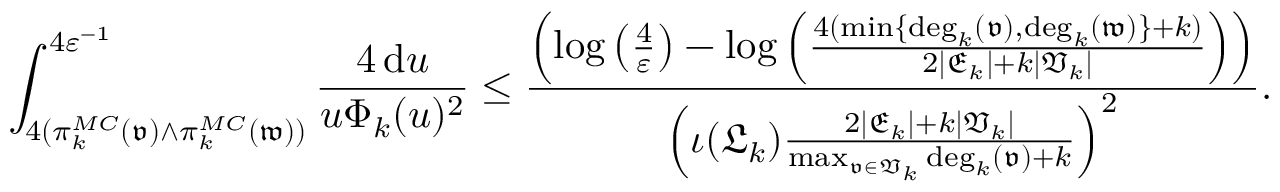
\int _ { 4 ( \pi _ { k } ^ { M C } ( \mathfrak { v } ) \wedge \pi _ { k } ^ { M C } ( \mathfrak { w } ) ) } ^ { 4 \varepsilon ^ { - 1 } } \frac { 4 \, \mathrm { d } u } { u \Phi _ { k } ( u ) ^ { 2 } } \leq \frac { \left( \log \left( \frac { 4 } { \varepsilon } \right) - \log \left( \frac { 4 ( \operatorname* { m i n } \{ \mathrm { d e g } _ { k } ( \mathfrak { v } ) , \mathrm { d e g } _ { k } ( \mathfrak { w } ) \} + k ) } { 2 | \mathfrak { E } _ { k } | + k | \mathfrak { V } _ { k } | } \right) \right) } { \left( \iota ( \mathfrak { L } _ { k } ) \frac { 2 | \mathfrak { E } _ { k } | + k | \mathfrak { V } _ { k } | } { \operatorname* { m a x } _ { \mathfrak { v } \in \mathfrak { V } _ { k } } \mathrm { d e g } _ { k } ( \mathfrak { v } ) + k } \right) ^ { 2 } } .